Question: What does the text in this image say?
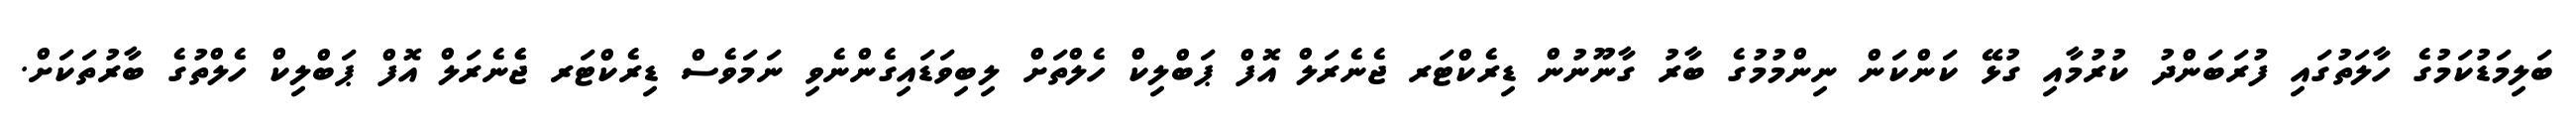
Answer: ބަލިމަޑުކަމުގެ ހާލަތުގައި ފުރަބަންދު ކުރުމާއި ގުޅޭ ކަންކަން ނިންމުމުގެ ބާރު ގާނޫނުން ޑިރެކްޓަރ ޖެނެރަލް އޮފް ޕަބްލިކް ހެލްތަށް ލިބިވަޑައިގެންނެވި ނަމަވެސް ޑިރެކްޓަރ ޖެެނެރަލް އޮފް ޕަބްލިކް ހެލްތުގެ ބާރުތަކަށް.